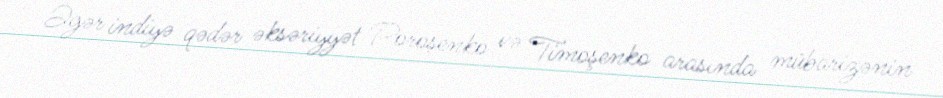
Əgər indiyə qədər əksəriyyət Poroşenko və Timoşenko arasında mübarizənin